Sketch of the medical history of the native army of Bombay, for the year
Year: 1872
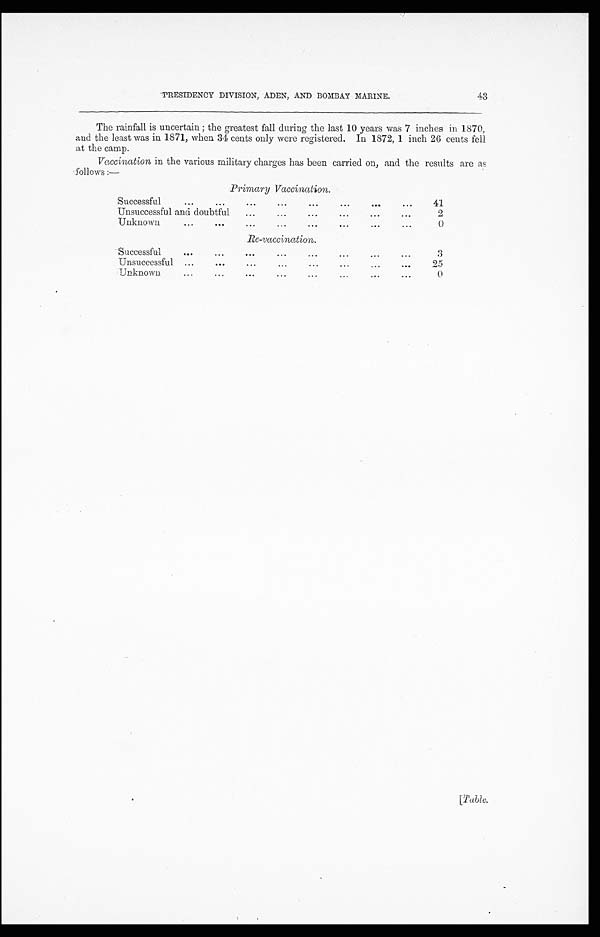
43
PRESI DENCY DI VI SI ON, ADEN, AND BOMBAY MARI NE.
The rainfall is uncertain; the greatest fall during the last 10 years was 7 inches in 1870,
and the least was in 1871, when 34 cents only were registered. In 1872, 1 inch 26 cents fell
at the camp.
Vaccination in the various military charges has been carried on, and the results are as
follows:—
Primary Vaccination.
Successful . . .
41
Unsuccessful and doubtful . . .
2
Unknown . . .
0
Re-vaccination.
Successful . . .
3
Unsuccessful . . .
25
Unknown . . .
0
[ T a b l e .